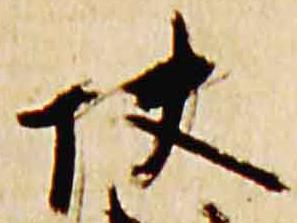
快